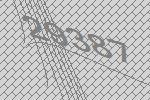
29387